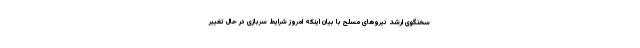
سخنگوی ارشد نیروهای مسلح با بیان اینکه امروز شرایط سربازی در حال تغییر